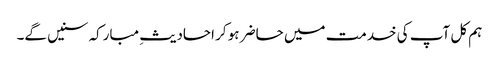
ہم کل آپ کی خدمت میں حاضر ہو کر احادیثِ مبارکہ سنیں گے۔